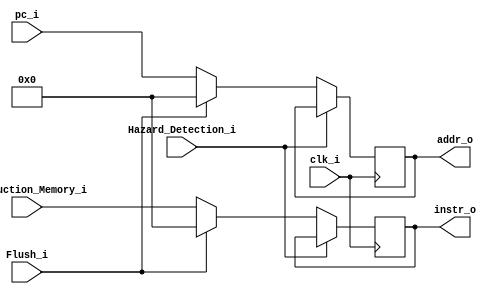
module IF_ID(
	clk_i,
    pc_i,
    Instruction_Memory_i,
    Hazard_Detection_i,  //stall
    Flush_i,
    instr_o,
    addr_o   //beq
); 

input			clk_i;
input	[31:0]	pc_i;
input	[31:0]	Instruction_Memory_i;
input			Hazard_Detection_i;
input			Flush_i;
output	[31:0]	instr_o;
output	[31:0]	addr_o;

reg 	[31:0]	temp_instr_o;
reg		[31:0]	temp_addr_o;
reg		[31:0]	instr_o;
reg		[31:0]	addr_o;


always@(posedge clk_i) begin
	if (Hazard_Detection_i)	begin
		//temp_instr_o <= instr_o;
		instr_o <= instr_o;
		//temp_addr_o <= addr_o;
		addr_o <= addr_o;
	end
	else if (Flush_i)	begin
		//temp_instr_o <= 0;
		instr_o <= 0;
		//temp_addr_o <= 0;
		addr_o <= 0;
	end
	else begin
		//temp_instr_o <= Instruction_Memory_i;
		instr_o <= Instruction_Memory_i;
		//temp_addr_o <= pc_i;
		addr_o <= pc_i;
	end


end
//assign  instr_o = temp_instr_o;
//assign  addr_o = temp_addr_o;
endmodule